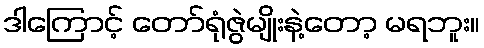
ဒါကြောင့် တော်ရုံဇွဲမျိုးနဲ့တော့ မရဘူး။